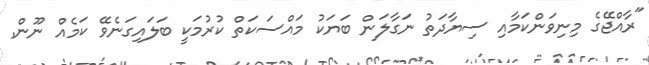
"ރާއްޖޭގެ މިނިވަންކަމާއި ސިޔާދަތު ނަގާލަން ބަޔަކު މައްސަކަތް ކުރުމަކީ ބަލައިގަނެވޭ ކަމެއް ނޫން